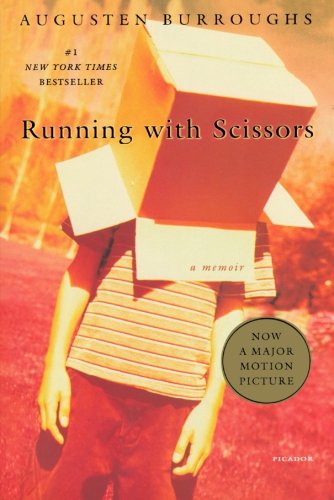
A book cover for Running with Scissors: A Memoir; Augusten Burroughs; Science Fiction & Fantasy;